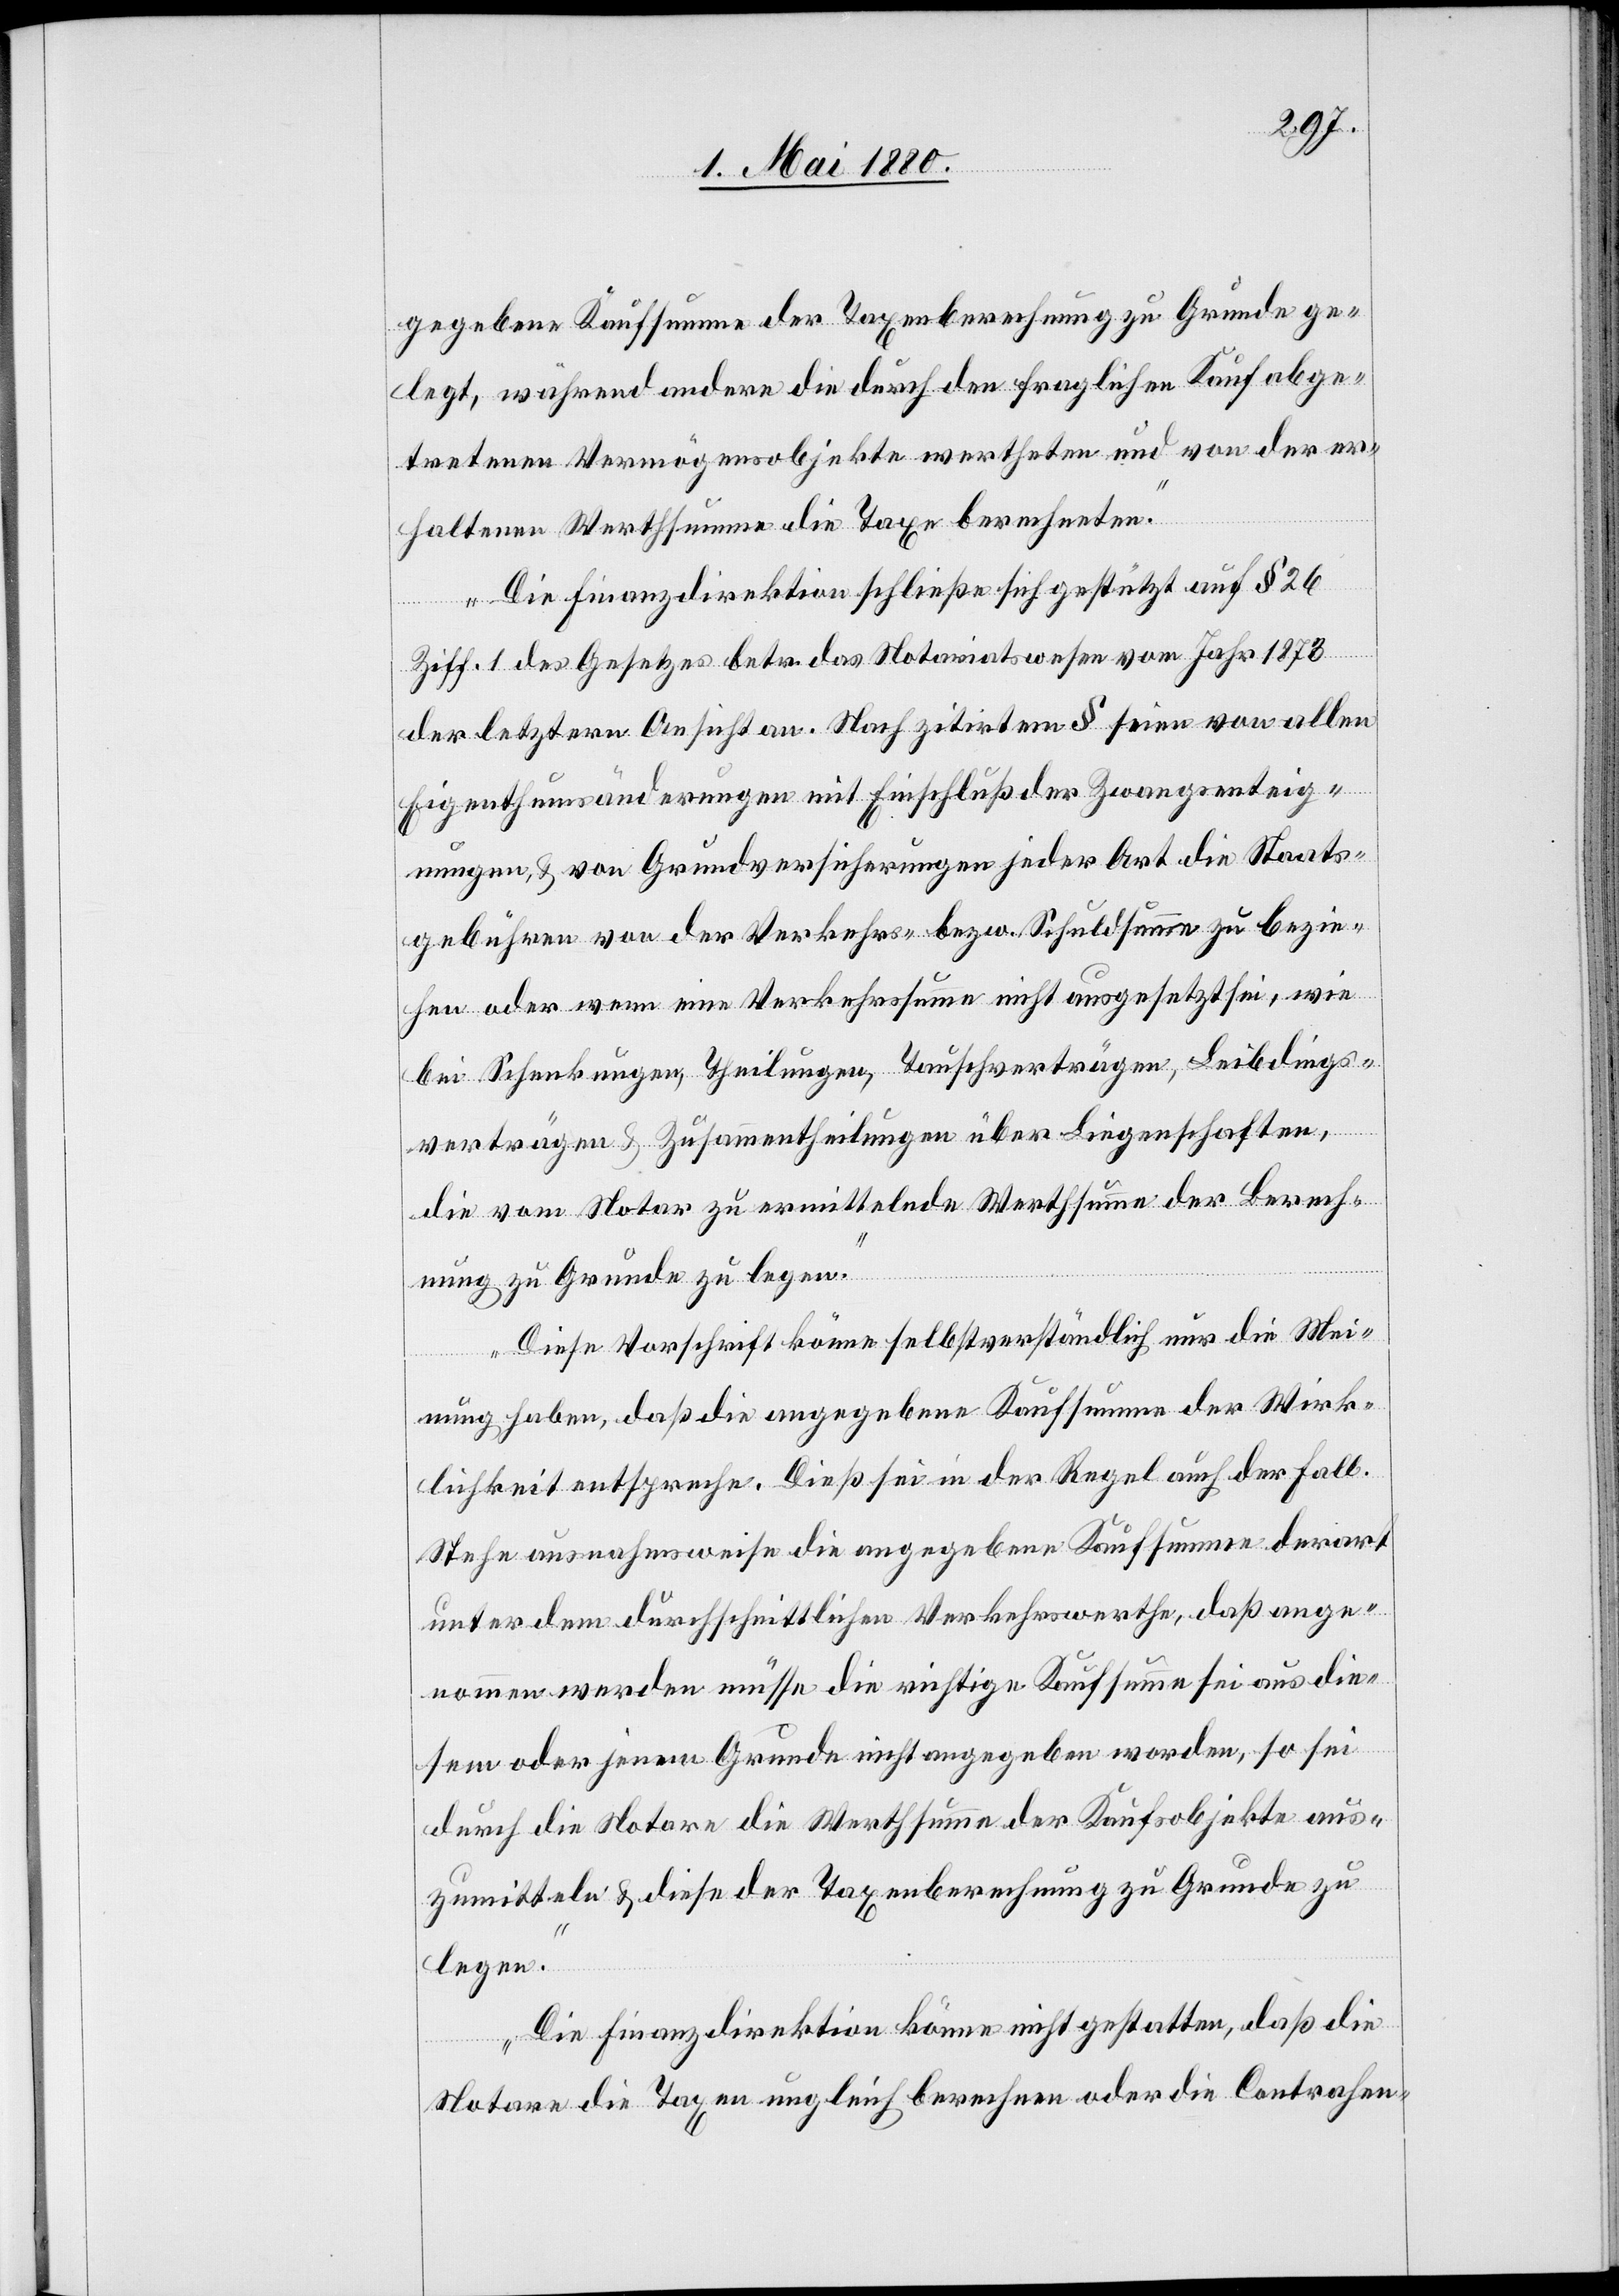
gegebene Kaufsumme der Taxenberechnung zu Grunde ge¬
legt, während andere die durch den fraglichen Kauf abge¬
tretenen Vermögensobjekte wertheten und von der er¬
haltenen Werthsumme die Taxe berechneten.
Die Finanzdirektion schließe sich gestützt auf § 26
Ziff. 1 des Gesetzes betr. das Notariatswesen vom Jahr 1873
der letzteren Ansicht an. Nach zitirtem § seien von allen
Eigenthumsänderungen mit Einschluß der Zwangsenteig¬
nungen, & von Grundversicherungen jeder Art die Staats¬
gebühren von der Verkehrs- bezw. Schuldsumme zu bezie¬
hen oder wenn eine Verkehrssumme nicht ausgesetzt sei, wie
bei Schenkungen, Theilungen, Tauschverträgen, Leibdings¬
verträgen & Zusammentheilungen über Liegenschaften,
die vom Notar zu ermittelnde Werthsumme der Berech¬
nung zu Grunde zu legen.
Diese Vorschrift könne selbstverständlich nur die Mei¬
nung haben, daß die angegebene Kaufsumme der Wirk¬
lichkeit entspreche. Dieß sei in der Regel auch der Fall.
Stehe ausnahmsweise die angegebene Kaufsumme derart
unter dem durchschnittlichen Verkehrswerthe, daß ange¬
nommen werden müsse, die richtige Kaufsumme sei aus die¬
sem oder jenem Grunde nicht angegeben worden, so sei
durch die Notare die Werthsumme der Kaufsobjekte aus¬
zumitteln & diese der Taxenberechnung zu Grunde zu
legen.
Die Finanzdirektion könne nicht gestatten, daß die
Notare die Taxen ungleich berechnen oder die Contrahen-